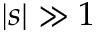
| s | \gg 1